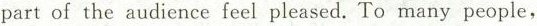
part of the audience feel pleased.To many people,